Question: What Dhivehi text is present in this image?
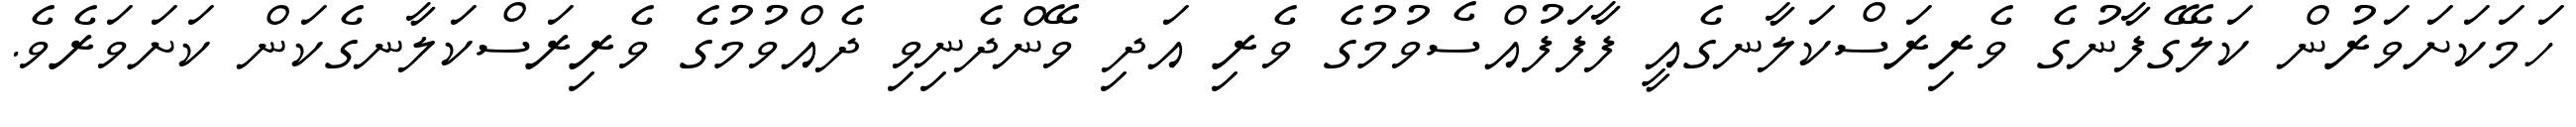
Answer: ހަމަކަށަވަރުން ކަލޭގެފާނުގެ ވެރިރަސްކަލާނގެއީ ފާފަފުއްސެވުމުގެ ވެރި އަދި ވޭންދެނިވި ދެއްވުމުގެ ވެރިރަސްކަލާނގެކަން ކަށަވަރެވެ.